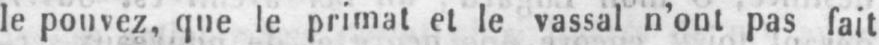
le pouvez, que le primat et le vassal n’ont pas fait